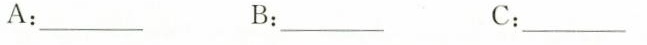
A：___ B：___ C：___